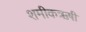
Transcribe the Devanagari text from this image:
शमीकऋषी